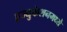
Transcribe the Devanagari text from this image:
एज्युकेशनमध्ये